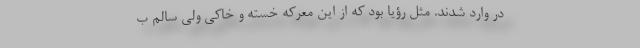
در وارد شدند. مثل رؤیا بود که از این معرکه خسته و خاکی ولی سالم ب